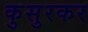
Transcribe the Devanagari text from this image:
कुसुरकर